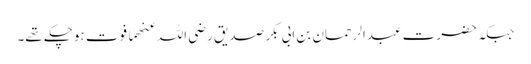
جبکہ حضرت عبدالرحمان بن ابی بکر صدیق رضی اللہ عنھما فوت ہوچکے تھے۔